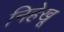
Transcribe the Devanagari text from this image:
निहेखू